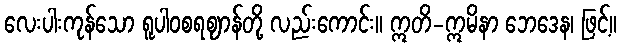
လေးပါးကုန်သော ရူပါဝစရဈာန်တို့ လည်းကောင်း။ ဣတိ-ဣမိနာ ဘေဒေန၊ ဖြင့်။